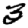
Digit: 3